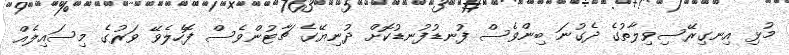
މުޅި އިނގިރޭސިވިލާތުގެ ދެގުނަ ބިންވެސް ފުނޑުފުނޑުކޮށް ދުނިޔޭގެ ޗާޓުންވެސް ފޮހެލެވޭ ވަރުގެ މިސައިލެއް